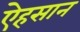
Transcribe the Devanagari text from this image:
ऐहसान